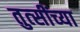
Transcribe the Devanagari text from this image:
तुत्‍सींच्‍या